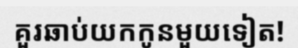
គួរឆាប់យកកូនមួយទៀត!